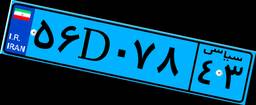
۶۲D۴۶۵۳۱